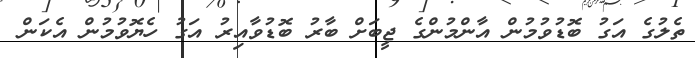
ތެލުގެ އަގު ބޮޑުވުމުން އާންމުންގެ ޖީބަށް ބާރު ބޮޑުވާއިރު އަގު ހެޔޮވުމުން އެކަން